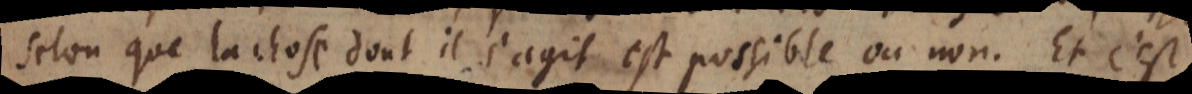
selon que la chose dont il s’agit est possible ou non. Et c’est